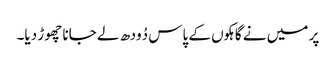
پر میں نے گاہکوں کے پاس دُودھ لے جانا چھوڑ دیا۔